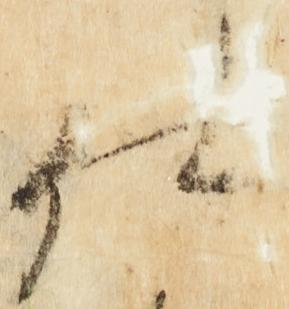
仕